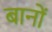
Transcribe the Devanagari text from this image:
बानों